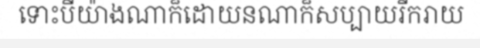
ទោះបីយ៉ាងណាក៏ដោយនណាក៏សប្បាយរីករាយ